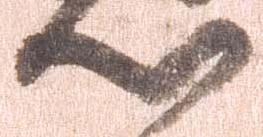
心